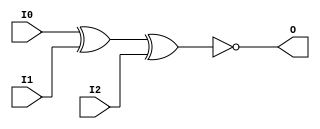
// $Header: /devl/xcs/repo/env/Databases/CAEInterfaces/verunilibs/s/XNOR3.v,v 1.8 2003/01/21 01:55:44 wloo Exp $

/*

FUNCTION	: 3-INPUT XNOR GATE

*/

`timescale  100 ps / 10 ps


module XNOR3 (O, I0, I1, I2);

    output O;

    input  I0, I1, I2;

	xnor X1 (O, I0, I1, I2);

    specify
	(I0 *> O) = (0, 0);
	(I1 *> O) = (0, 0);
	(I2 *> O) = (0, 0);
    endspecify

endmodule